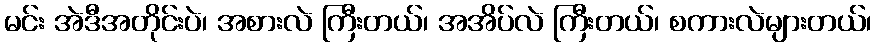
မင်း အဲဒီအတိုင်းပဲ၊ အစားလဲ ကြီးတယ်၊ အအိပ်လဲ ကြီးတယ်၊ စကားလဲများတယ်၊